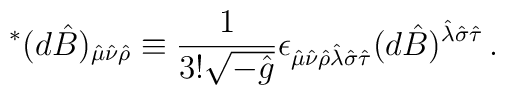
{}^*(d\hat B)_{\hat\mu\hat\nu\hat\rho} \equiv {1\over 3!{\sqrt {-{\hat g}}}}\epsilon_{\hat\mu\hat\nu\hat\rho\hat\lambda\hat\sigma\hat\tau}(d\hat B)^{\hat\lambda\hat\sigma\hat\tau}\, .